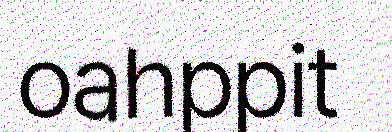
oahppit